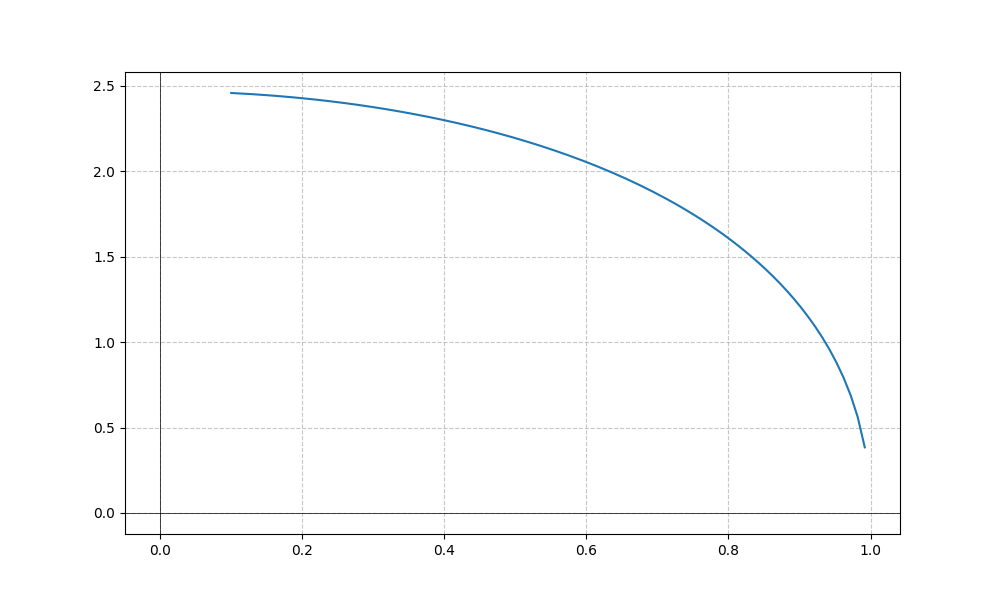
LaTeX formula: \operatorname{acos}{\left(- x \right)} \operatorname{acos}{\left(x \right)}